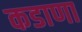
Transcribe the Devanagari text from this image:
कडाणा